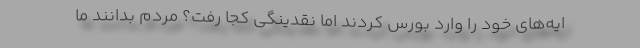
ایه‌های خود را وارد بورس کردند اما نقدینگی کجا رفت؟ مردم بدانند ما